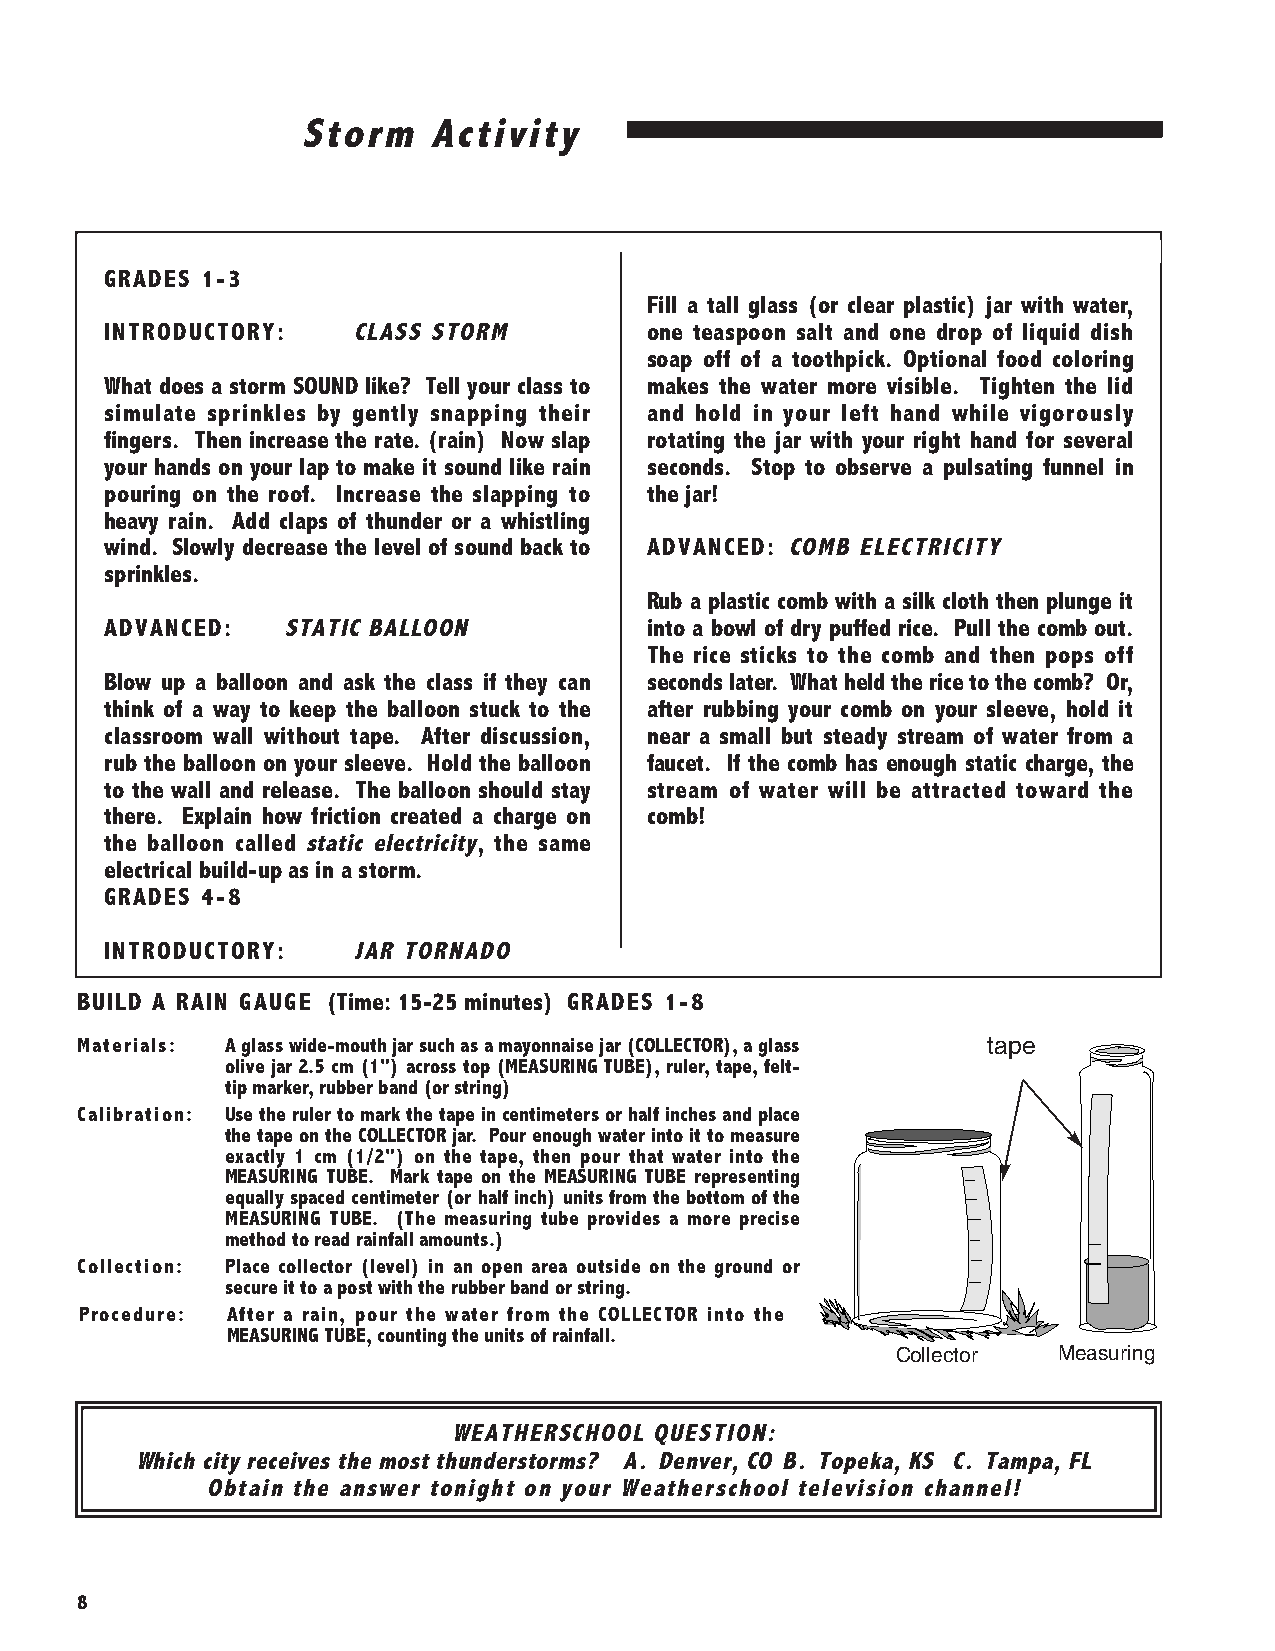
Storm   Activity
 GRADES 1-3
 Fill a tall glass (or clear plastic) jar with water,
 INTRODUCTORY:   CLASS STORM         one teaspoon salt and one drop of liquid dish
 soap off of a toothpick. Optional food coloring
 What does a storm SOUND like? Tell your class to makes the water more visible. Tighten the lid
 simulate sprinkles by gently snapping their and hold in your left hand while vigorously
 fingers. Then increase the rate. (rain) Now slap rotating the jar with your right hand for several
 your hands on your lap to make it sound like rain seconds. Stop to observe a pulsating funnel in
 pouring on the roof. Increase the slapping to the jar!
 heavy rain. Add claps of thunder or a whistling
 wind. Slowly decrease the level of sound back to ADVANCED: COMB ELECTRICITY
 sprinkles.
 Rub a plastic comb with a silk cloth then plunge it
 ADVANCED:   STATIC BALLOON          into a bowl of dry puffed rice. Pull the comb out.
 The rice sticks to the comb and then pops off
 Blow up a balloon and ask the class if they can seconds later. What held the rice to the comb? Or,
 think of a way to keep the balloon stuck to the after rubbing your comb on your sleeve, hold it
 classroom wall without tape. After discussion, near a small but steady stream of water from a
 rub the balloon on your sleeve. Hold the balloon faucet. If the comb has enough static charge, the
 to the wall and release. The balloon should stay stream of water will be attracted toward the
 there. Explain how friction created a charge on comb!
 the balloon called static electricity, the same
 electrical build-up as in a storm.
 GRADES 4-8
 INTRODUCTORY:   JAR TORNADO
 BUILD A RAIN GAUGE (Time: 15-25 minutes) GRADES 1-8
 tape
 Materials: A glass wide-mouth jar such as a mayonnaise jar (COLLECTOR), a glass
 olive jar 2.5 cm (1") across top (MEASURING TUBE), ruler, tape, felt-
 tip marker, rubber band (or string)
 Calibration: Use the ruler to mark the tape in centimeters or half inches and place
 the tape on the COLLECTOR jar. Pour enough water into it to measure
 exactly 1 cm (1/2") on the tape, then pour that water into the
 MEASURING TUBE. Mark tape on the MEASURING TUBE representing
 equally spaced centimeter (or half inch) units from the bottom of the
 MEASURING TUBE. (The measuring tube provides a more precise
 method to read rainfall amounts.)
 Collection: Place collector (level) in an open area outside on the ground or
 secure it to a post with the rubber band or string.
 Procedure: After a rain, pour the water from the COLLECTOR into the
 MEASURING TUBE, counting the units of rainfall.
 Collector  Measuring
 WEATHERSCHOOL QUESTION:
 Which city receives the most thunderstorms? A. Denver, CO B. Topeka, KS C. Tampa, FL
 Obtain the answer tonight on your Weatherschool television channel!
 8